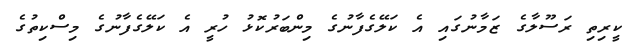
ކީރިތި ރަސޫލާގެ ޒަމާނުގައި އެ ކަލޭގެފާނުގެ މިންބަރުކޮޅު ހުރީ އެ ކަލޭގެފާނުގެ މިސްކިތުގެ